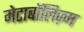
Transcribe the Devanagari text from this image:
मेटाबॉलिज़्म